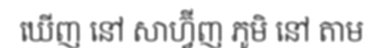
ឃើញ នៅ សាហ្វ៊ីញ ភូមិ នៅ តាម